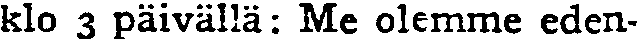
klo 3 päivällä: Me olemme eden-